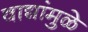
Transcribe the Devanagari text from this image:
वाद्यांमुळे